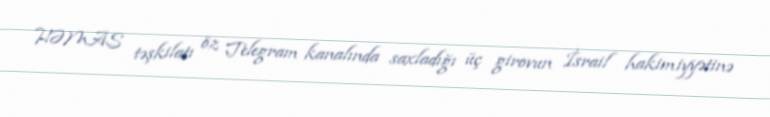
HƏMAS təşkilatı öz Telegram kanalında saxladığı üç girovun İsrail hakimiyyətinə